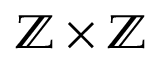
\mathbb { Z } \times \mathbb { Z }